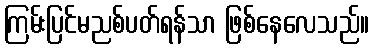
ကြမ်းပြင်မညစ်ပတ်ရန်သာ ဖြစ်နေလေသည်။